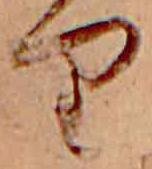
り